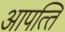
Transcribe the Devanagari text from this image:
आपत्‍ति